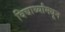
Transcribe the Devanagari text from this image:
विद्यार्थ्यांमधून